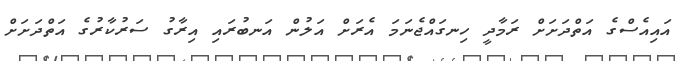
އައިއެސްގެ އަތްދަށަށް ރަމާދީ ހިނގައްޖެނަމަ އެރަށް އަލުން އަނބުރައި އިރާގު ސަރުކާރުގެ އަތްދަށަށް